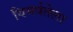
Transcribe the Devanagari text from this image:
विमर्षतेला